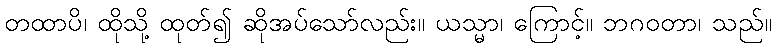
တထာပိ၊ ထိုသို့ ထုတ်၍ ဆိုအပ်သော်လည်း။ ယသ္မာ၊ ကြောင့်။ ဘဂဝတာ၊ သည်။